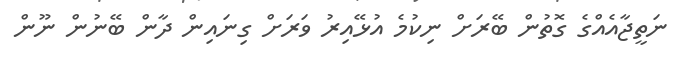
ނަތީޖާއެއްގެ ގޮތުން ބޭރަށް ނިކުމެ އުޅޭއިރު ވަރަށް ގިނައިން ދާން ބޭނުން ނޫން